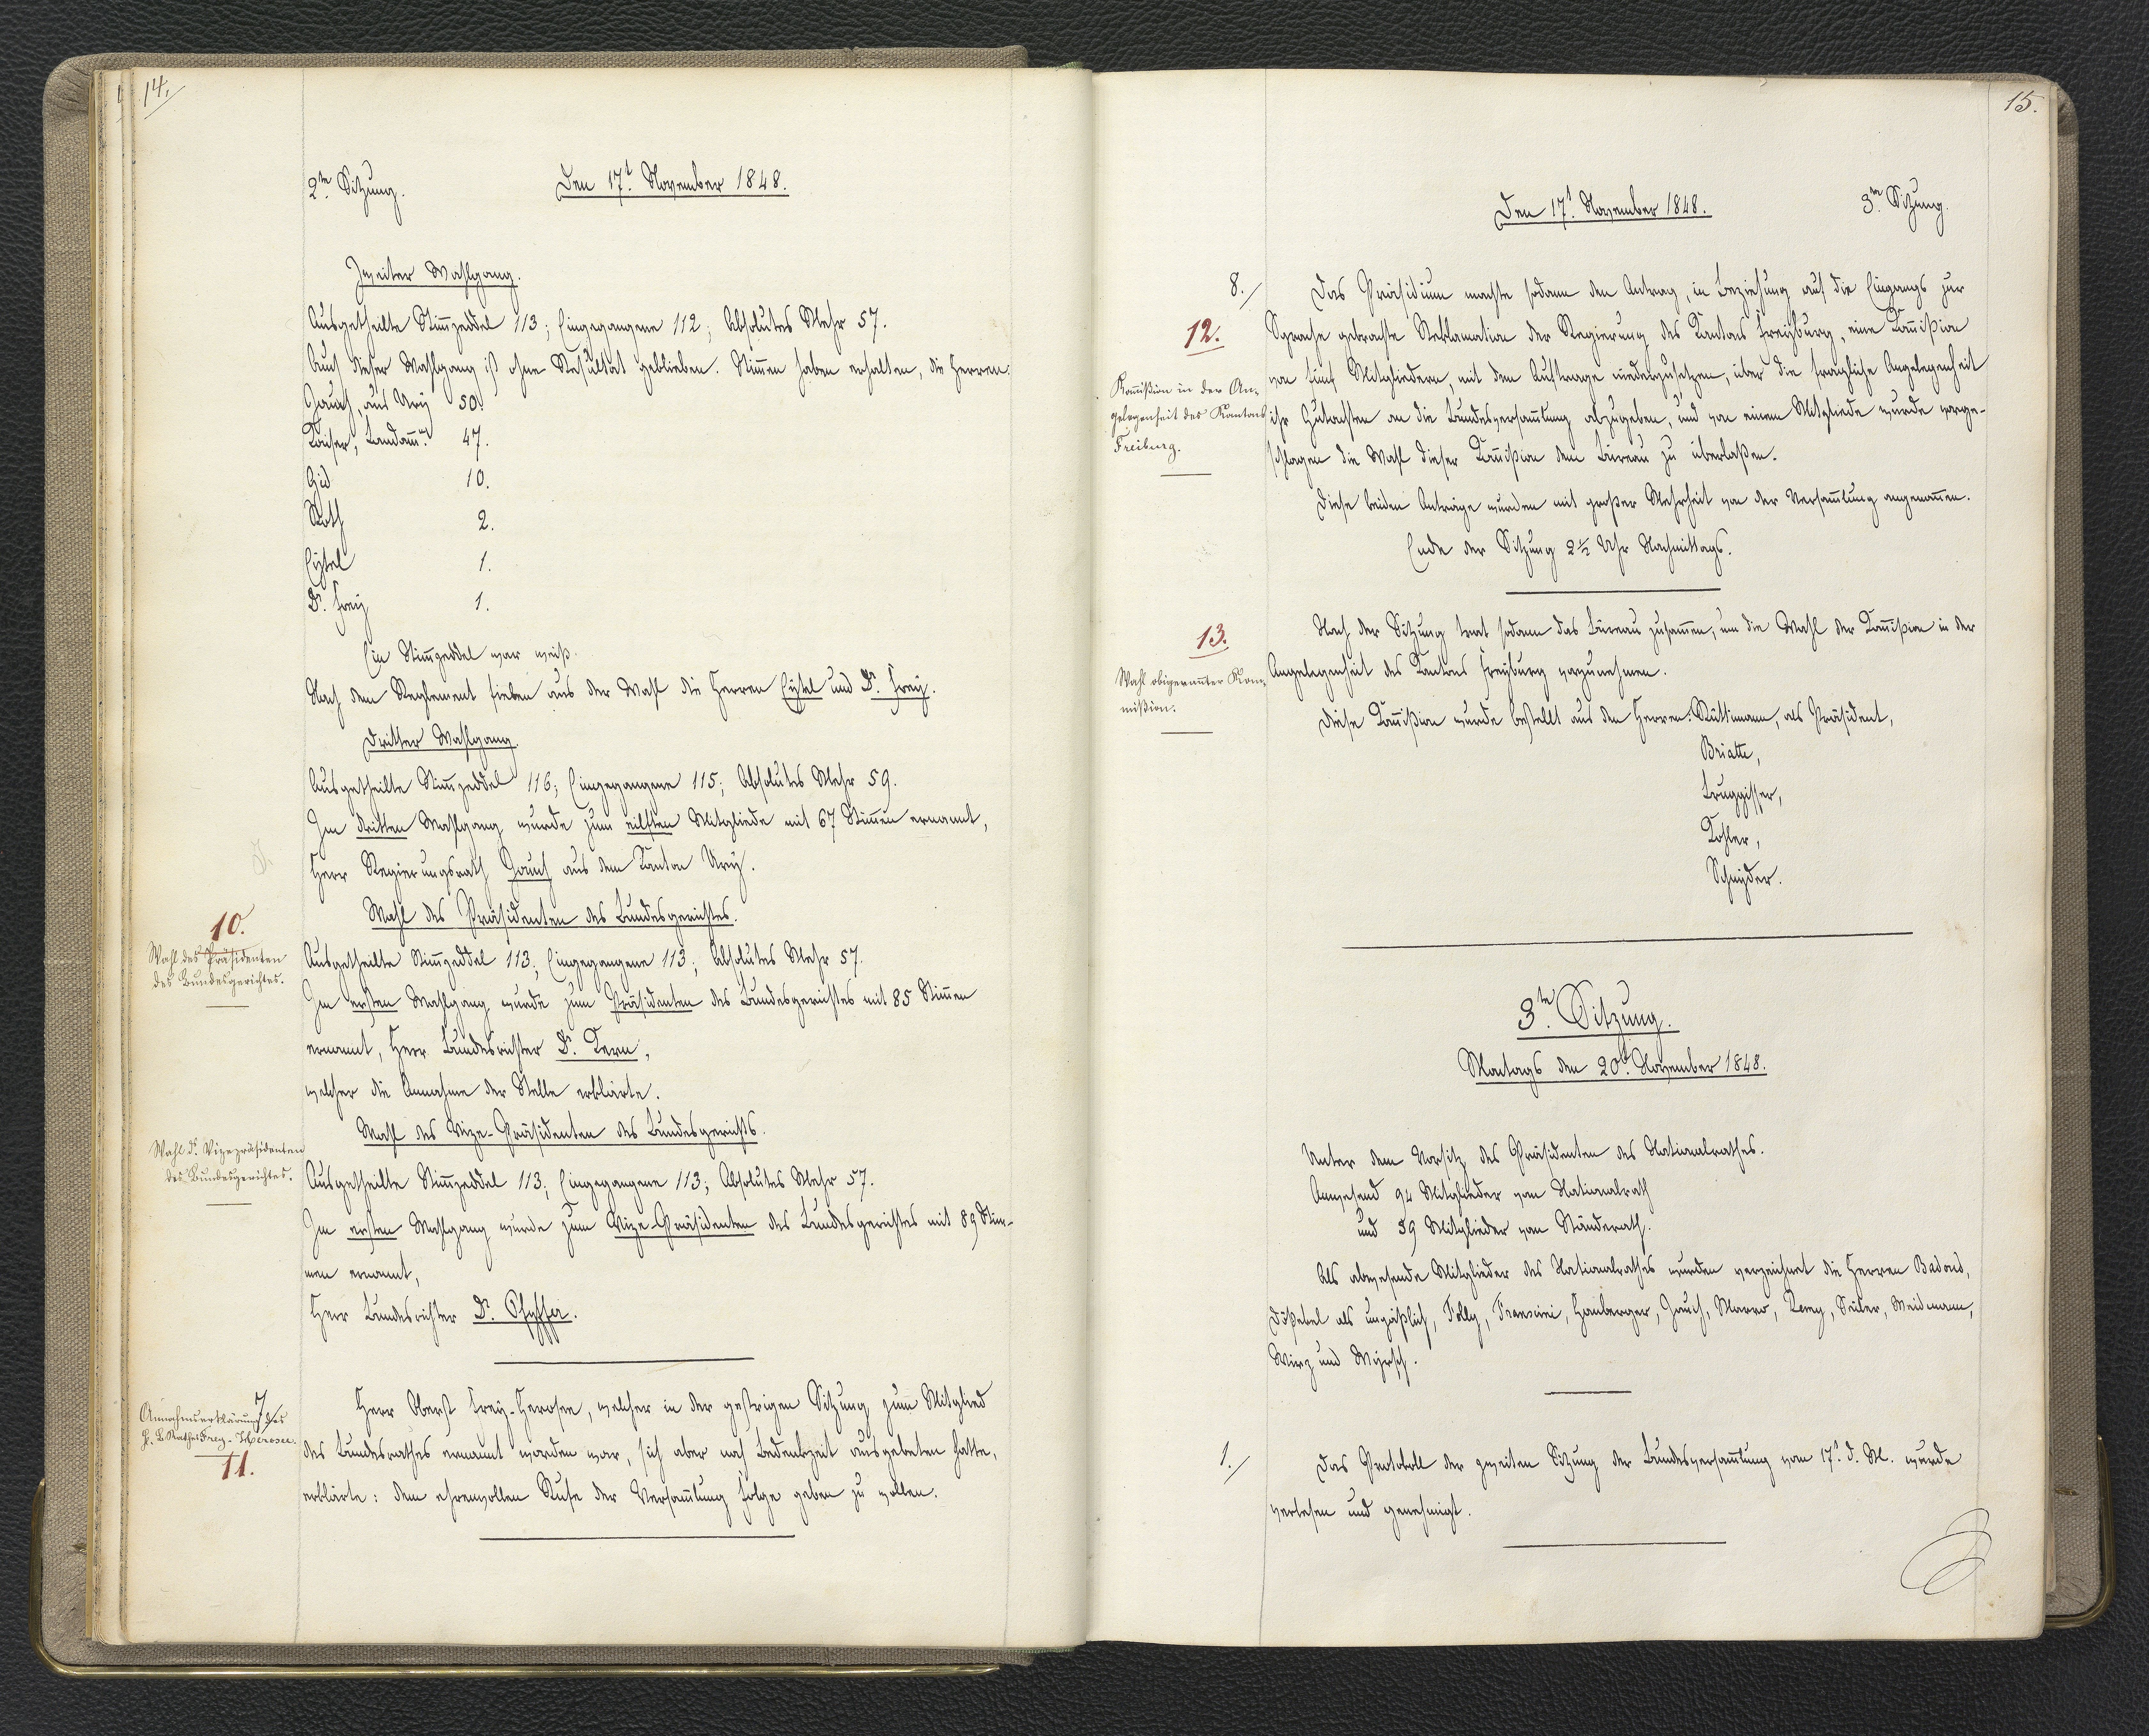
14.

2.te Sitzung.
Den 17.t November 1848.

Zweiter Wahlgang.
Ausgetheilte Stimmzeddel 113; Eingegangene 112; Absolutes Mehr 57.
Auch dieser Wahlgang ist ohne Resultat geblieben. Stimmen haben erhalten, die Herren
Jauch, aus Ury 50.
Kaiser, Landamm.n 47.
Gid 10.
Roth 2.
Eytel 1.
Dr. Frey 1.
Ein Stimmzeddel war weiß
Nach dem Reglement fielen aus der Wahl die Herren Eytel und Dr. Frey.
Dritter Wahlgang.
Ausgetheilte Stimmzeddel 116; Eingegangene 115; Absolutes Mehr 59.
Im dritten Wahlgang wurde zum eilften Mitgliede mit 67 Stimmen ernannt,
Herr Regierungsrath Jauch aus dem Kanton Ury.
Wahl des Präsidenten des Bundesgerichtes.
Ausgetheilte Stimmzeddel 113; Eingegangene 113; Absolutes Mehr 57.
Im ersten Wahlgang wurde zum Präsidenten des Bundesgerichtes mit 85 Stimmen
ernannt, Herr Bundesrichter Dr. Kern,
welcher die Annahme der Stelle erklärte.
Wahl des Vize-Präsidenten des Bundesgerichts.
Ausgetheilte Stimmzeddel 113; Eingegangene 113; Absolutes Mehr 57.
Im ersten Wahlgang wurde zum Vize-Präsidenten des Bundesgerichtes mit 89 Stim¬
men ernannt,
Herr Bundesrichter Dr. Pfyffer.
Herr Oberst Frey-Herosee, welcher in der gestrigen Sitzung zum Mitglied
des Bundesrathes ernannt worden war, sich aber nach Bedenkzeit ausgebeten hatte,
erklärte: dem ehrenvollen Rufe der Versammlung Folge geben zu wollen.

10.
Wahl des Präsidenten
des Bundesgerichtes.

Wahl ds. Vizepräsidenten
des Bundesgerichtes.

7.
Annahmserklärung des
H. B.Rathes Frey-Herosee.
11.

15.

Den 17.t November 1848.
3.te Sitzung.

Das Präsidium machte sodann den Antrag, in Beziehung auf die Eingangs zur
Sprache gebrachte Reklamation der Regierung des Kantons Freyburg, eine Kommißion
von fünf Mitgliedern, mit dem Auftrage niederzusetzen, über die fragliche Angelegenheit
ihr Gutachten an die Bundesversammlung abzugeben, und von einem Mitgliede wurde vorge¬
schlagen die Wahl dieser Kommißion dem Büreau zu überlaßen.
Diese beiden Anträge wurden mit großer Mehrheit von der Versammlung angenommen.
Ende der Sitzung 2 ½ Uhr Nachmittags.
Nach der Sitzung trat sodann das Büreau zusammen, um die Wahl der Kommißion in der
Angelegenheit des Kantons Freyburg vorzunehmen.
Diese Kommißion wurde bestellt aus den Herren: Rüttimann, als Präsident,
Briatte,
Bruggisser,
Kohler,
Schnyder.

8.
12.
Kommißion in der An¬
gelegenheit des Kantons
Freiburg.

13.
Wahl obigernannter Kom¬
mißion.